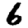
Digit: 6